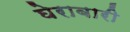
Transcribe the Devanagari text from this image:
घेराबारी